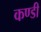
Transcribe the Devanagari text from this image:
कण्डी